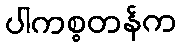
ပါကစ္စတန်က